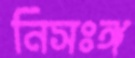
নিসঃঙ্গ